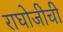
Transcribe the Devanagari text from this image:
राघोजीची